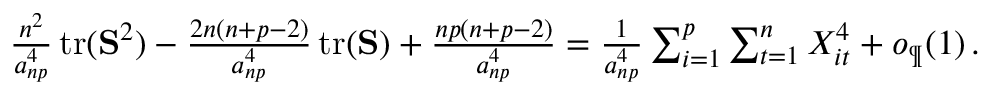
\begin{array} { r } { \frac { n ^ { 2 } } { a _ { n p } ^ { 4 } } \operatorname { t r } ( { \mathbf S } ^ { 2 } ) - \frac { 2 n ( n + p - 2 ) } { a _ { n p } ^ { 4 } } \operatorname { t r } ( { \mathbf S } ) + \frac { n p ( n + p - 2 ) } { a _ { n p } ^ { 4 } } = \frac { 1 } { a _ { n p } ^ { 4 } } \sum _ { i = 1 } ^ { p } \sum _ { t = 1 } ^ { n } X _ { i t } ^ { 4 } + o _ { \P } ( 1 ) \, . } \end{array}